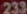
233